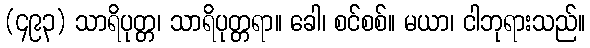
(၄၉၃) သာရိပုတ္တ၊ သာရိပုတ္တရာ။ ခေါ၊ စင်စစ်။ မယာ၊ ငါဘုရားသည်။